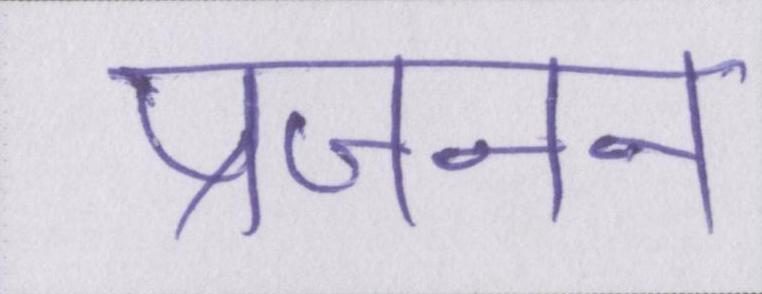
प्रजनन